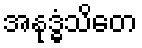
အနုဒ္ဓံသိတေ